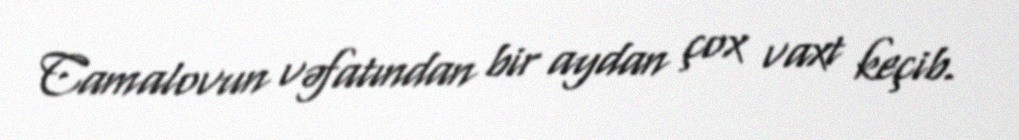
Camalovun vəfatından bir aydan çox vaxt keçib.